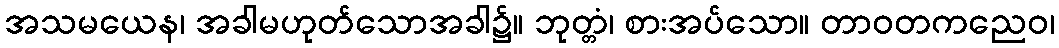
အသမယေန၊ အခါမဟုတ်သောအခါ၌။ ဘုတ္တံ၊ စားအပ်သော။ တာဝတကညေဝ၊